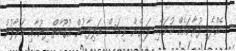
ހެއްދެވި ފުރާނައެއް ކުށަކާއި ލައިގެން ވިޔަސް އަލިފާނުން އުގޫބާތް ދިނުމާއި މަރާލުން